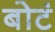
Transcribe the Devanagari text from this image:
बोटं